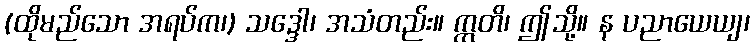
(ထိုမည်သော အရပ်က၊) သဒ္ဒေါ၊ အသံတည်း။ ဣတိ၊ ဤသို့။ န ပညာယေယျ၊